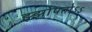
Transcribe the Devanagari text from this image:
झ्झोपतोऽऽ